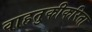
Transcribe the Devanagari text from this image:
वाहतुकीकरिता